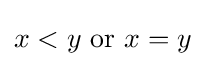
x<y{\text{ or }}x=y